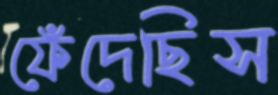
ফেঁদেছিস